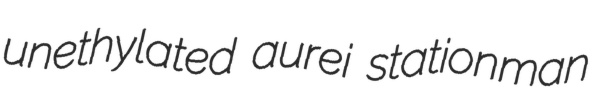
unethylated aurei stationman